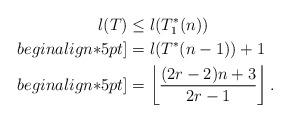
LaTeX: \begin{align*}l(T) &\leq l(T_1^*(n))\\begin{align*}5pt]&= l(T^*(n-1))+1\\begin{align*}5pt]&= \left \lfloor \frac{(2r-2)n+3}{2r-1}\right\rfloor.\end{align*}